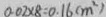
0 . 0 2 \times 8 = 0 . 1 6 ( m ^ { 2 } )